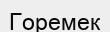
Горемек